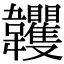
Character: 𩏺